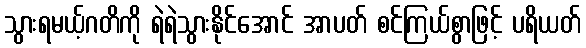
သွားရမယ့်ဂတိကို ရဲရဲသွားနိုင်အောင် အာပတ် စင်ကြယ်စွာဖြင့် ပရိယတ်